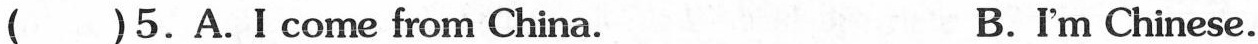
( )5.A.I come from China. B.I'm Chinese.